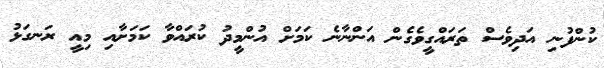
ކުންފުނި އަދިވެސް ތަރައްގީވެގެން އަންނާނެ ކަމަށް އުންމީދު ކުރައްވާ ކަމަށާއި މިއީ ރަނގަޅު